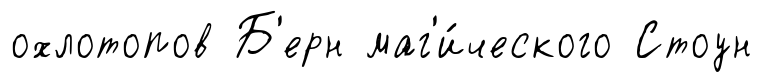
охлотопов Б'ерн маг'и́ческого Стоун